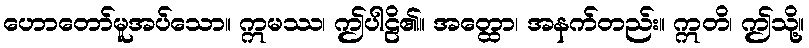
ဟောတော်မူအပ်သော။ ဣမဿ၊ ဤပါဠိ၏။ အတ္ထော၊ အနက်တည်း။ ဣတိ၊ ဤသို့။